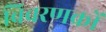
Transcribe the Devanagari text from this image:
विवरणकों